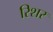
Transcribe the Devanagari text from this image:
रिशर